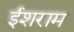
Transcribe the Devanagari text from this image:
ईशराम